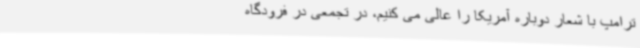
ترامپ با شعار دوباره آمریکا را عالی می کنیم، در تجمعی در فرودگاه